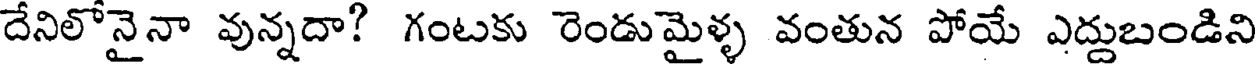
దేనిలోనైనా వున్నదా? గంటకు రెండుమైళ్ళ వంతున పోయే ఎద్దుబండిని